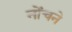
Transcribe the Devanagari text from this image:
नोंचने